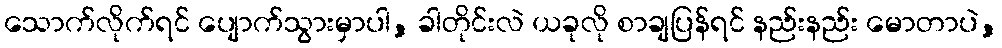
သောက်လိုက်ရင် ပျောက်သွားမှာပါ, ခါတိုင်းလဲ ယခုလို စာချပြန်ရင် နည်းနည်း မောတာပဲ,